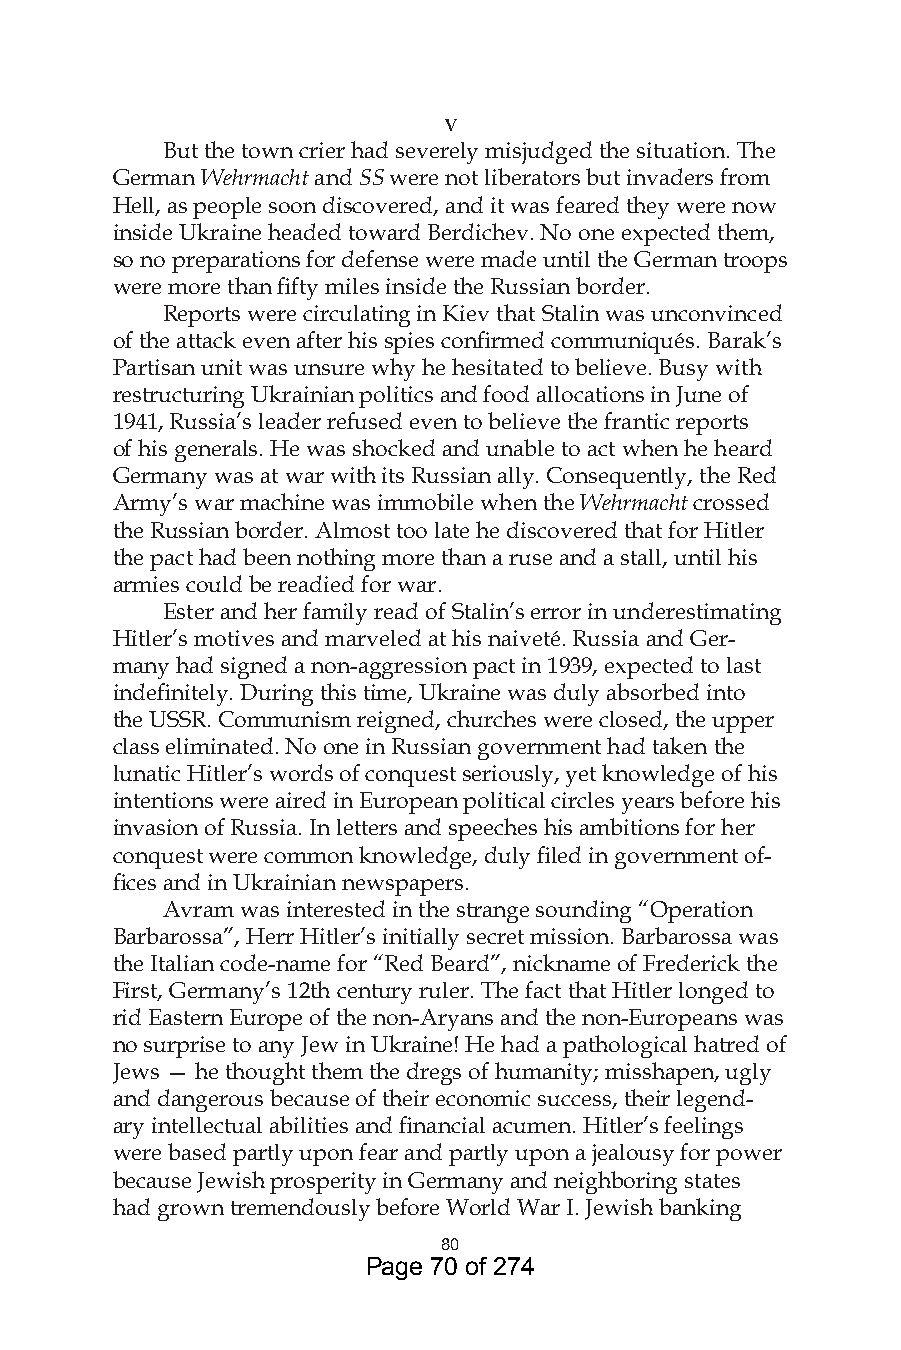
v
 But the town crier had severely misjudged the situation. The
 German Wehrmacht and SS were not liberators but invaders from
 Hell, as people soon discovered, and it was feared they were now
 inside Ukraine headed toward Berdichev. No one expected them,
 so no preparations for defense were made until the German troops
 were more than fifty miles inside the Russian border.
 Reports were circulating in Kiev that Stalin was unconvinced
 of the attack even after his spies confirmed communiqués. Barak’s
 Partisan unit was unsure why he hesitated to believe. Busy with
 restructuring Ukrainian politics and food allocations in June of
 1941, Russia’s leader refused even to believe the frantic reports
 of his generals. He was shocked and unable to act when he heard
 Germany was at war with its Russian ally. Consequently, the Red
 Army’s war machine was immobile when the Wehrmacht crossed
 the Russian border. Almost too late he discovered that for Hitler
 the pact had been nothing more than a ruse and a stall, until his
 armies could be readied for war.
 Ester and her family read of Stalin’s error in underestimating
 Hitler’s motives and marveled at his naiveté. Russia and Ger-
 many had signed a non-aggression pact in 1939, expected to last
 indefinitely. During this time, Ukraine was duly absorbed into
 the USSR. Communism reigned, churches were closed, the upper
 class eliminated. No one in Russian government had taken the
 lunatic Hitler’s words of conquest seriously, yet knowledge of his
 intentions were aired in European political circles years before his
 invasion of Russia. In letters and speeches his ambitions for her
 conquest were common knowledge, duly filed in government of-
 fices and in Ukrainian newspapers.
 Avram was interested in the strange sounding “Operation
 Barbarossa”, Herr Hitler’s initially secret mission. Barbarossa was
 the Italian code-name for “Red Beard”, nickname of Frederick the
 First, Germany’s 12th century ruler. The fact that Hitler longed to
 rid Eastern Europe of the non-Aryans and the non-Europeans was
 no surprise to any Jew in Ukraine! He had a pathological hatred of
 Jews — he thought them the dregs of humanity; misshapen, ugly
 and dangerous because of their economic success, their legend-
 ary intellectual abilities and financial acumen. Hitler’s feelings
 were based partly upon fear and partly upon a jealousy for power
 because Jewish prosperity in Germany and neighboring states
 had grown tremendously before World War I. Jewish banking
 80
 Page 70 of 274